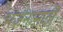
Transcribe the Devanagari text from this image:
भंजनासाठी